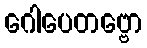
ဂေါပေတဗ္ဗော